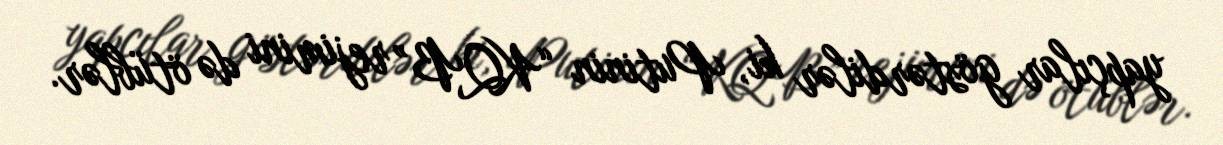
yapçılar göstərdilər ki, Putinin “KQB” rejimini də ötüblər.